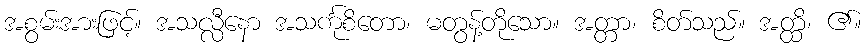
အစွမ်းအားဖြင့်။ အသလ္လီနော အသင်္ကုစိတော၊ မတွန့်တိုသော။ အတ္တာ၊ စိတ်သည်။ အတ္ထိ၊ ၏။